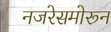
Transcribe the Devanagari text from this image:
नजरेसमोरून